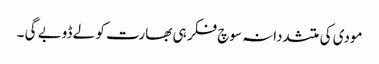
مودی کی متشددانہ سوچ فکر ہی بھارت کو لے ڈوبے گی ۔